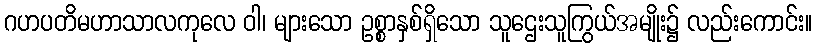
ဂဟပတိမဟာသာလကုလေ ဝါ၊ များသော ဥစ္စာနှစ်ရှိသော သူဌေးသူကြွယ်အမျိုး၌ လည်းကောင်း။